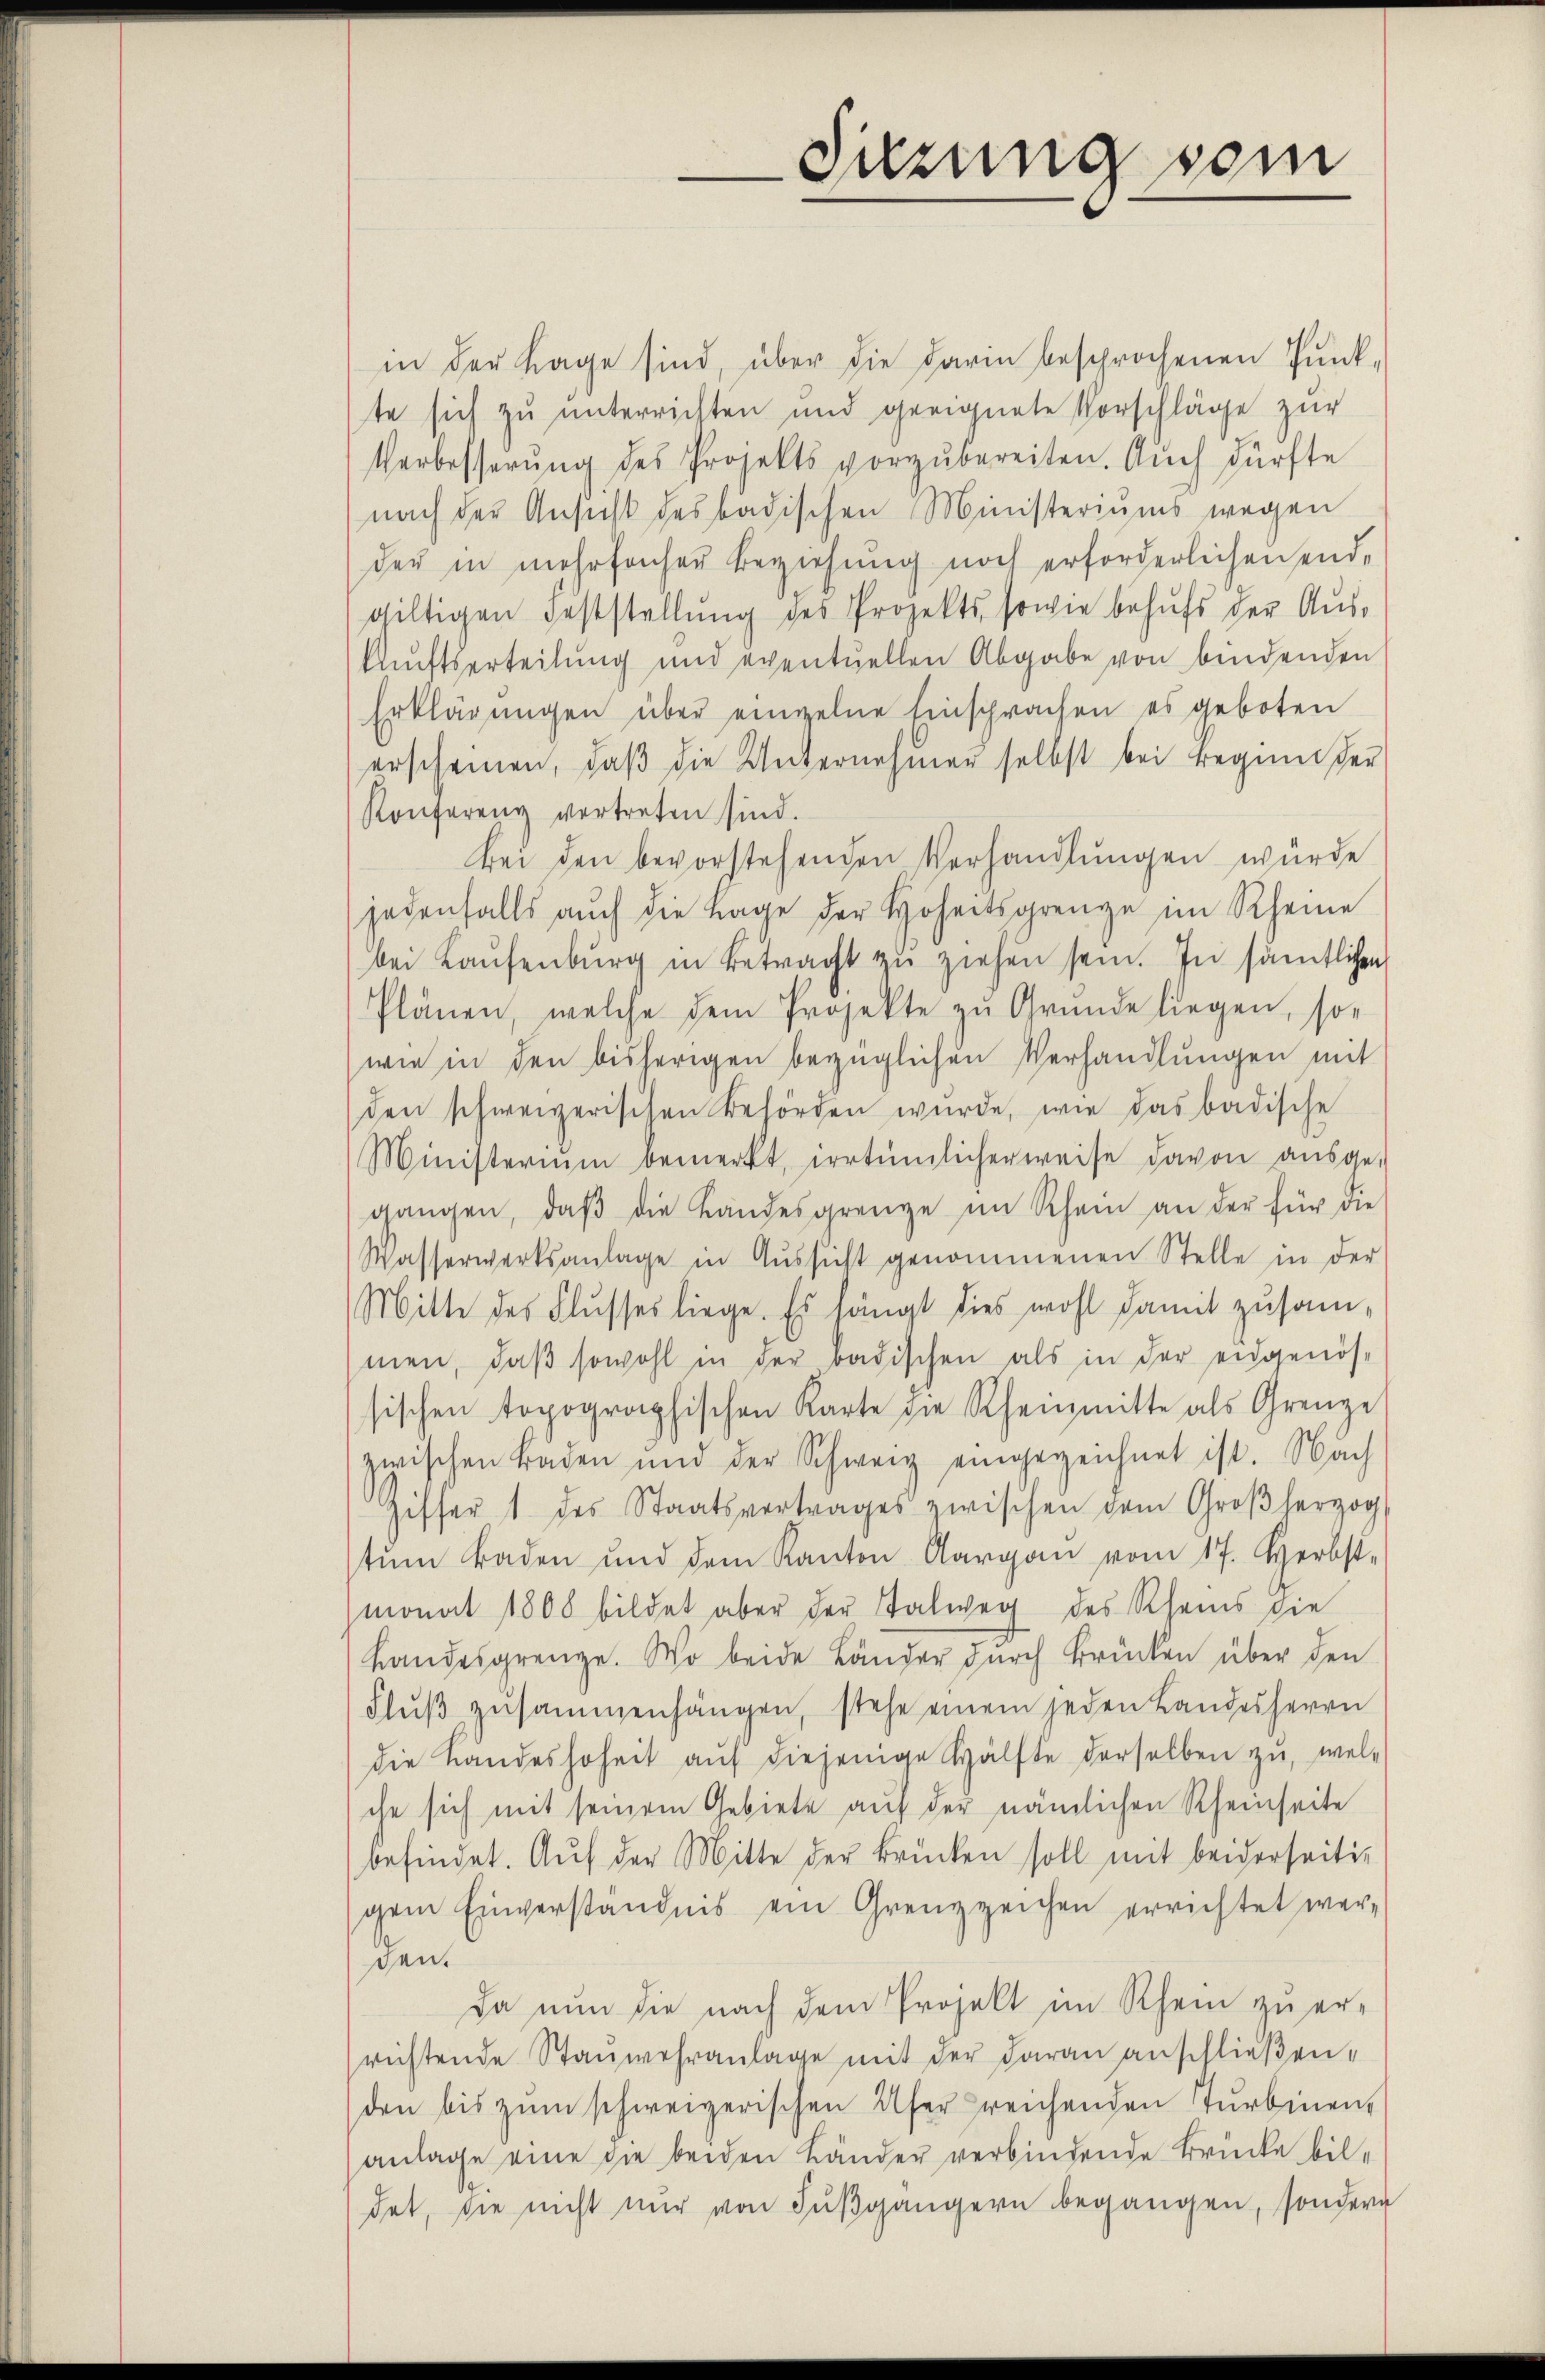
Sitzung sein

in der Lage sind, über die darin besprochenen Pŭnk-
te sich zu unterrichten und geeignete Vorschläge zur
Verbesserŭng des Projekts vorzŭbereiten. Auch dürfte
nach der Ansicht des badischen Ministeriums wegen
der in mehrfacher Beziehung noch erforderlichen endgiltigen Feststellŭng des Projekts, sowie behufs der Aus¬
Aŭftserteilung und eventuellen Abgabe von bindenden
Erklärungen über einzelne Einsprachen es geboten
erscheinen, daß die Unternehmer selbst bei Beginn der
Konferenz vertreten sind.
Bei den bevorstehenden Verhandlungen würde
jedenfalls aŭch die Lage der Hoheitsgrenze im Rheine
bei Laŭfenburg in Betracht zŭ ziehen sein. In sämtlichen
Plänen, welche dem Projekte zu Gründe liegen, so-
wie in den bisherigen bezüglichen Verhandlungen mit
den schweizerischen Behörden wŭrde, wie das badische
Ministerium bemerkt, irrtümlicherweise davon aŭsge-
gangen, daβ die Landesgrenze im Rhein an der für die
Wasserwerksanlage in Aŭssicht genommenen Stelle in der
Mitte des Flusses liege. Es hängt dies wohl damit zusammen, daβ sowohl in der badischen als in der eidgenös-
sischen topographischen Karte die Rheinmitte als Grenze
zwischen Baden und der Schweiz eingezeichnet ist. Nach
Ziffer 1 des Staatsvertrages zwischen dem Großherzog
tŭm Baden und dem Kanton Aargau vom 17. Herbst-
monat 1808 bildet aber der Stalweg des Rheins die
Landesgrenze. Wo beide Länder durch Brücken über den
Flŭβ zŭsammenhängen, stehe einem jeden Landesherrn
die Landeshoheit aŭf diejenige Hälfte derselben zŭ, wel-
che sich mit seinem Gebiete aŭf der nämlichen Rheinseite
befindet. Auf der Mitte der Brücken soll mit beiderseitig
gem Einverständnis ein Grenzzeichen errichtet wer-
den.
Da nun die nach dem Projekt im Rhein zu er-
richtende Stanwehranlage mit der daran anschließen.
den bis zŭm schweizerischen Ufer reichenden Turbinen,
anlage eine die beiden Länder verbindende Brücke bildet, sie nicht nur von Fußgängern begangen, sondern